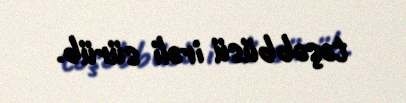
təşəbbüsü irəli sürüb.